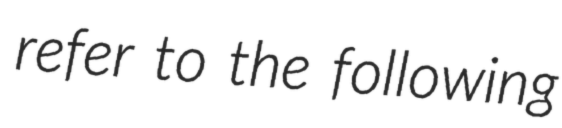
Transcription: refer to the following